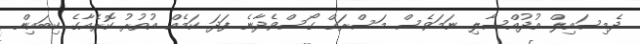
ދެމިސައިލް އުދުއްސާލި ނަމަވެސް މަސްރަޙް ގޯސްވެދާނެ ފަދަ ކަމެއް އުތުރު ކޮރެއާގެ ކިބައިން